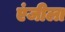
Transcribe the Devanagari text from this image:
एंजीला